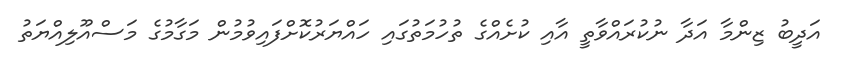
އަދީބު ޒިންމާ އަދާ ނުކުރައްވާތީ އާއި ކުށެއްގެ ތުހުމަތުގައި ހައްޔަރުކޮށްފައިވުމުން މަގާމުގެ މަސްއޫލިއްޔަތު